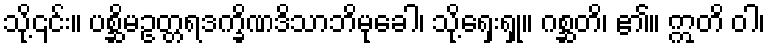
သို့၎င်း။ ပစ္ဆိမဥတ္တရဒက္ခိဏဒိသာဘိမုခေါ၊ သို့ရှေးရှု။ ဂစ္ဆတိ၊ ၏။ ဣတိ ဝါ၊